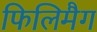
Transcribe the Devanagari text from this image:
फिलिमैग